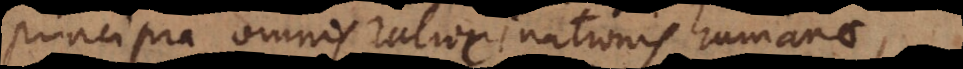
principia omnis ratiocinationis humanae,